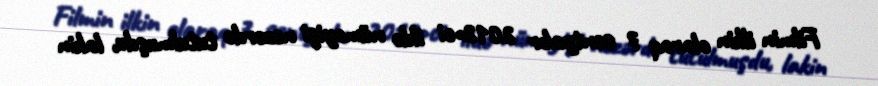
Filmin ilkin olaraq 7 sentyabr 2012-ci ildə nümayişi nəzərdə tutulmuşdu, lakin